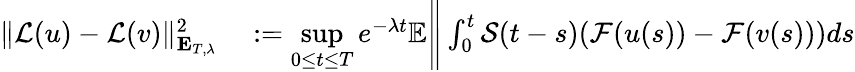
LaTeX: \begin{array}{rl}{\Vert\mathcal{L}(u)-\mathcal{L}(v)\Vert_{\mathbf{E}_{T,\lambda}}^{2}}&{{}:=\underset{0\leq t\leq T}{\operatorname*{sup}}e^{-\lambda t}\mathbb{E}\Bigg\Vert\int_{0}^{t}\mathcal{S}(t-s)(\mathcal{F}(u(s))-\mathcal{F}(v(s)))ds}\end{array}